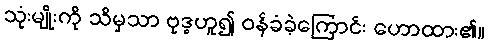
သုံးမျိုးကို သိမှသာ ဗုဒ္ဓဟူ၍ ဝန်ခံခဲ့ကြောင်း ဟောထား၏။